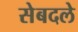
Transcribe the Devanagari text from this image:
सेबदले